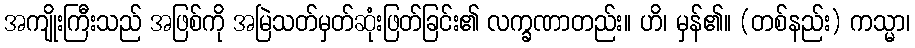
အကျိုးကြီးသည် အဖြစ်ကို အမြဲသတ်မှတ်ဆုံးဖြတ်ခြင်း၏ လက္ခဏာတည်း။ ဟိ၊ မှန်၏။ (တစ်နည်း) ကသ္မာ၊